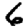
Digit: 6